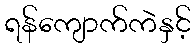
ရန်ကျောက်ကဲနှင့်